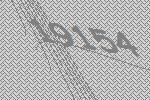
19154